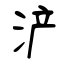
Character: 浐